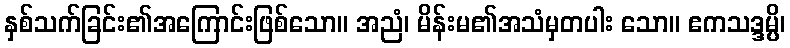
နှစ်သက်ခြင်း၏အကြောင်းဖြစ်သော။ အညံ၊ မိန်းမ၏အသံမှတပါး သော။ ဧကသဒ္ဒမ္ပိ၊